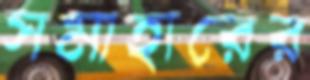
সমাহারের